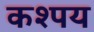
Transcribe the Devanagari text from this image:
कश्पय